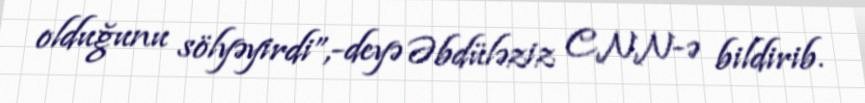
olduğunu sölyəyirdi”,-deyə Əbdüləziz CNN-ə bildirib.